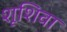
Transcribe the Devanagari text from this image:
शूशिवा